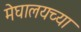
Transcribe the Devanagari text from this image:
मेघालयच्या